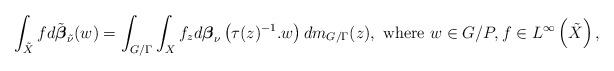
LaTeX: \begin{align*}\int_{\tilde{X}}fd\tilde{\boldsymbol{\beta}}_{\tilde{\nu}}(w)=\int_{G/\Gamma}\int_{X}f_{z}d\boldsymbol{\beta}_{\nu}\left(\tau(z)^{-1}.w\right)dm_{G/\Gamma}(z),\mbox{ where }w\in G/P,f\in L^{\infty}\left(\tilde{X}\right),\end{align*}